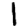
Digit: 1